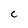
Character: C